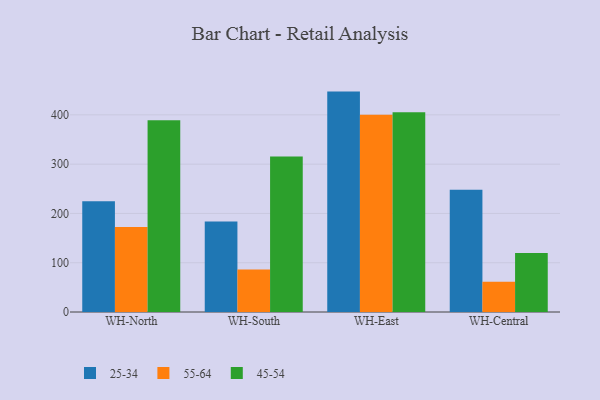
{"axis": {"x": "Warehouse", "y": "Backlog"}, "legend": ["25-34", "45-54", "55-64"], "data": [{"x": "WH-North", "y": 224.8, "type": "25-34"}, {"x": "WH-North", "y": 172.6, "type": "55-64"}, {"x": "WH-North", "y": 389.3, "type": "45-54"}, {"x": "WH-South", "y": 183.6, "type": "25-34"}, {"x": "WH-South", "y": 86.2, "type": "55-64"}, {"x": "WH-South", "y": 315.4, "type": "45-54"}, {"x": "WH-East", "y": 447.2, "type": "25-34"}, {"x": "WH-East", "y": 400.0, "type": "55-64"}, {"x": "WH-East", "y": 405.2, "type": "45-54"}, {"x": "WH-Central", "y": 248.2, "type": "25-34"}, {"x": "WH-Central", "y": 61.3, "type": "55-64"}, {"x": "WH-Central", "y": 119.7, "type": "45-54"}]}